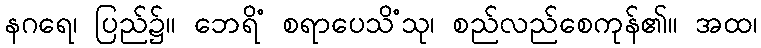
နဂရေ၊ ပြည်၌။ ဘေရိံ စရာပေသိံသု၊ စည်လည်စေကုန်၏။ အထ၊